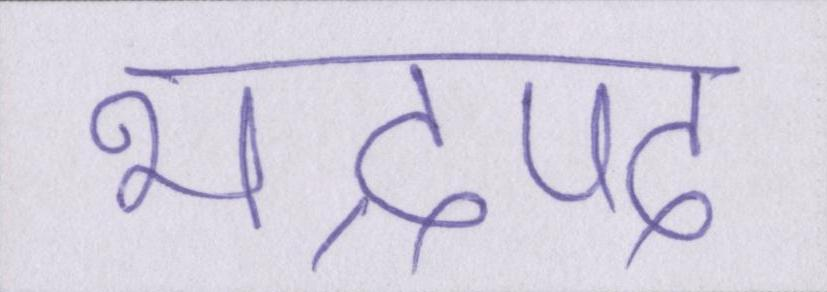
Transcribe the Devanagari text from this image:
भाद्रपद